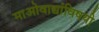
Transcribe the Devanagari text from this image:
माओवाद्यांविषयी